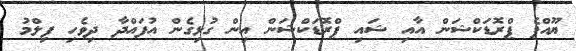
ޔޫއްޕެ ޕްރޮޑަކްޝަން އާއި ޝައި ޕްރޮޑަކްޝަން އިން ގުޅިގެން އުފައްދާ ދިވެހި ފިލްމު